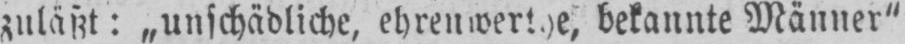
bekannte Männer”